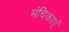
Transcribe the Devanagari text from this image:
मंचिकाएं